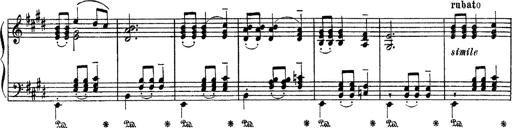
Title: Apparitions
Composer: Franz Liszt